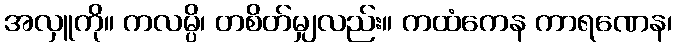
အလှူကို။ ကလမ္ပိ၊ တစိတ်မျှလည်း။ ကထံကေန ကာရဏေန၊